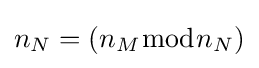
n_{N}=(n_{M}{\bmod {n}}_{N})